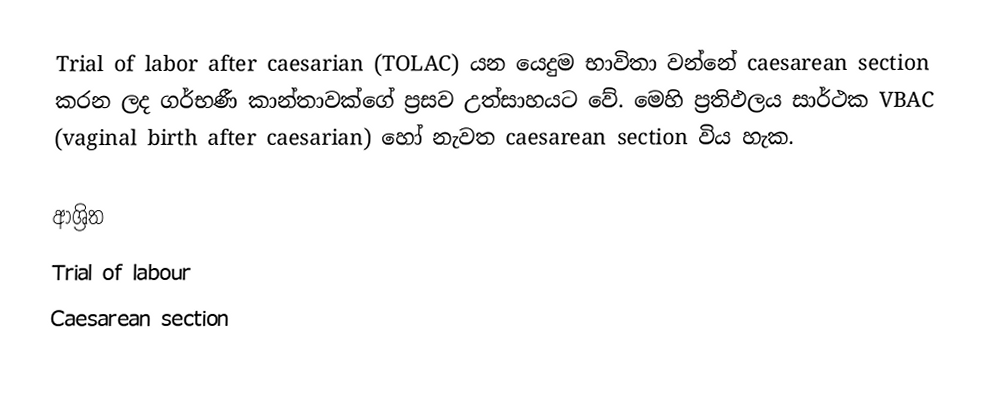
Trial of labor after caesarian (TOLAC) යන යෙදුම භාවිතා වන්නේ caesarean section කරන ලද ගර්භණී කාන්තාවක්ගේ ප්‍රසව උත්සාහයට වේ. මෙහි ප්‍රතිඵලය සාර්ථක VBAC (vaginal birth after caesarian) හෝ නැවත caesarean section විය හැක.

ආශ්‍රිත
 Trial of labour
 Caesarean section